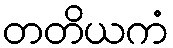
တတိယကံ